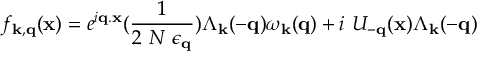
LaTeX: f _ { { \bf { k } } , { \bf { q } } } ( { \bf { x } } ) = e ^ { i { \bf { q . x } } } ( \frac { 1 } { 2 \mathrm { ~ } N \mathrm { ~ } \epsilon _ { { \bf { q } } } } ) \Lambda _ { { \bf { k } } } ( - { \bf { q } } ) \omega _ { { \bf { k } } } ( { \bf { q } } ) + i \mathrm { ~ } U _ { - { \bf { q } } } ( { \bf { x } } ) \Lambda _ { { \bf { k } } } ( - { \bf { q } } )